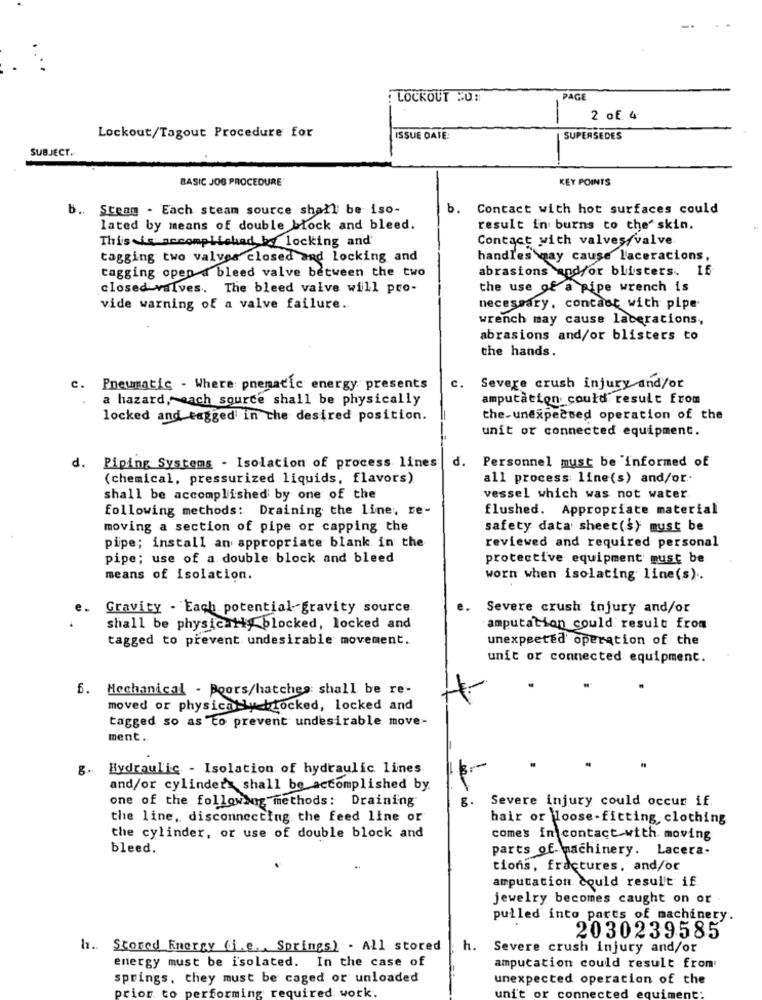
: LOCKOUT .0:
PAG
2 of 4
Lockout/Tagout Procedure for
ISSUE DATE:
SUPERSEDES
SUBJECT ..
BASIC JOB PROCEDURE'
KEY POINTS
b ..
Steam . Each steam source shall be iso-
b. Contact with hot surfaces could
lated by means of double block and bleed.
result in burns to the skin.
This is accomplished by locking and
Contact with valves/valve
tagging two valves closed and Locking and
handles may cause l'aceracions,
abrasions and/or blisters. If
tagging open d bleed valve between the two
closed valves. The bleed valve will pro-
the use of a pipe wrench is
vide warning of a valve failure ..
necessary, contact with pipe
wrench may cause lacerations,
abrasions and/or blisters to
the hands.
C.
c. Pneumatic - Where: pnematic energy presents
Severe crush injury and/or
a hazard, each source shall be physically
amputation could result from
locked and tagged in the desired position.
the-unexpected operation of the
unit or connected equipment.
d. Piping Systems - Isolation of process lines
d. Personnel must be informed of
(chemical, pressurized liquids, flavors)
all process line(s) and/or.
shall be accomplished by one of the
vessel which was not water
following methods: Draining the line; re-
flushed. Appropriate material
moving a section of pipe or capping the
safety data sheet(s) must be
pipe; install an appropriate blank in the
reviewed and required personal
pipe; use of a double block and bleed
protective equipment must be
means of isolation.
worn when isolating line(s) ..
Gravity - Each potential gravity source
Severe crush injury and/or
shall be physically blocked, locked and
amputation could result from
tagged to prevent undesirable movement.
unexpected operation of the
unit or connected equipment.
6. Mechanical - Boors/hatches: shall be re-
moved or physically blocked, locked and
tagged so as to prevent undesirable move-
ment ..
g. Hydraulic - Isolation of hydraulic lines
and/or cylinder> shall be accomplished by.
one of the following methods: Draining
8.
Severe injury could occur if.
the line, disconnecting the feed line or
hair or loose-fitting, clothing
the cylinder, or use of double block and
comes in contact with moving
bleed.
parts of- machinery. Lacera-
tions, fractures, and/or
amputation could resul't if
jewelry becomes caught on or .
pulled into parts of machinery.
2030239585
Stored Energy (i.e ., Springs) . All stored
h. Severe crush injury and/or
energy must be isolated. In the case of
amputation could result from
springs, they must be caged or unloaded
unexpected operation of the
prior to performing required work.
uni't or cor
cted equi